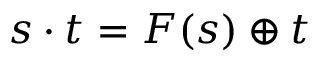
s \cdot t = F ( s ) \oplus t